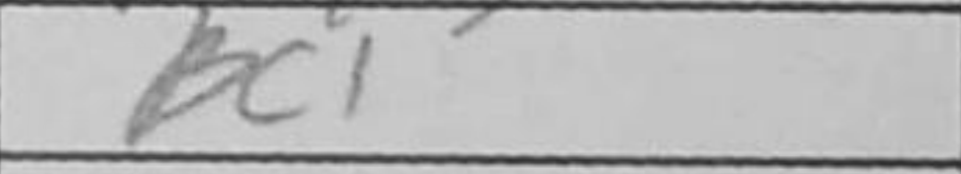
Transcription: Bc1